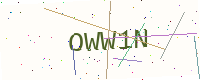
Text: OWW1N